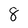
Character: 8